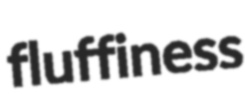
fluffiness